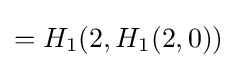
=H_{1}(2,H_{1}(2,0))